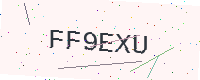
Text: FF9EXU